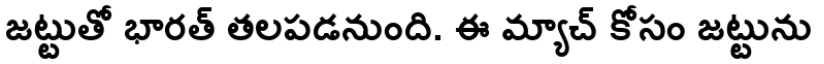
జట్టుతో భారత్ తలపడనుంది. ఈ మ్యాచ్ కోసం జట్టును